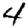
Digit: 4